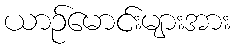
ယာဉ်မောင်းများအား